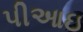
પીઆઇ